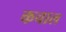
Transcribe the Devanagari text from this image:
कचाल